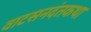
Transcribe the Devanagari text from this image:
वाटसनदंतकथा